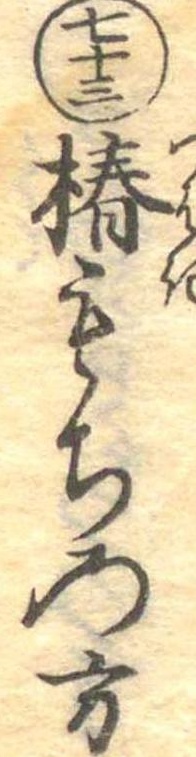
七十三椿もちの方